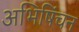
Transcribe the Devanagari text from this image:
अभिषिंचन